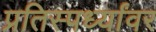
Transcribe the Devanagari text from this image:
प्रतिस्पर्ध्यांवर